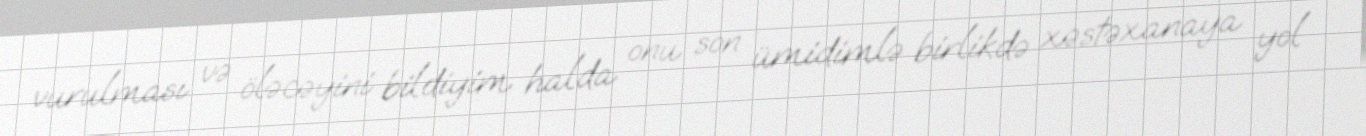
vurulması və öləcəyini bildiyim halda onu son ümidimlə birlikdə xəstəxanaya yol